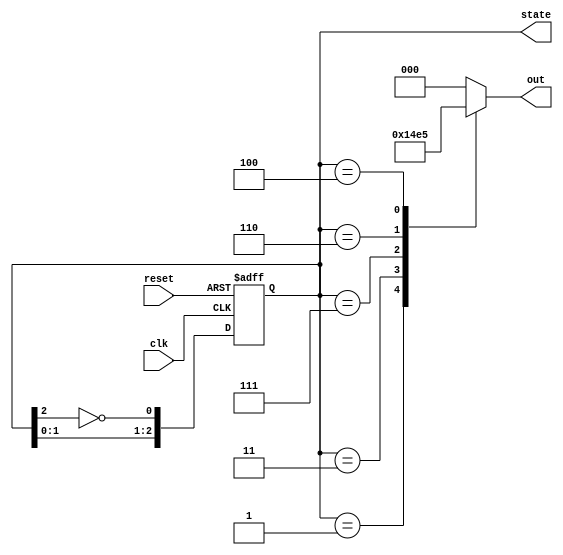
module johnson_counter(
    input wire clk,          // Clock input
    input wire reset,        // Asynchronous reset
    output reg [2:0] state,  // 3-bit state output
    output reg [2:0] out     // 3-bit output reflecting the state
);

    // State transition process
    always @(posedge clk or posedge reset) begin
        if (reset) begin
            state <= 3'b000; // Initialize state to 000 on reset
        end else begin
            state <= {state[1:0], ~state[2]}; // Shift and feedback the inverted MSB
        end
    end

    // Output logic (Moore state machine)
    always @(state) begin
        case (state)
            3'b000: out = 3'b000; // State 0
            3'b001: out = 3'b001; // State 1
            3'b011: out = 3'b010; // State 2
            3'b111: out = 3'b011; // State 3
            3'b110: out = 3'b100; // State 4
            3'b100: out = 3'b101; // State 5
            default: out = 3'b000; // Default state
        endcase
    end

endmodule